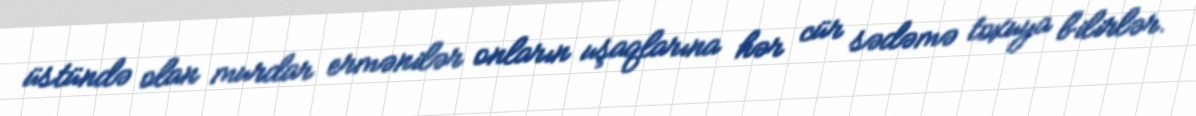
üstündə olan murdar ermənilər onların uşaqlarına hər cür sədəmə toxuya bilirlər.